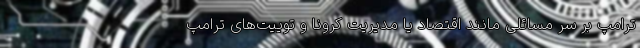
ترامپ بر سر مسائلی مانند اقتصاد یا مدیریت کرونا و توییت‌های ترامپ